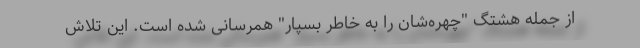
از جمله هشتگ "چهره‌شان را به خاطر بسپار" همرسانی شده است. این تلاش